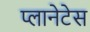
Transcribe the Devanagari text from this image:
प्लानेटेस